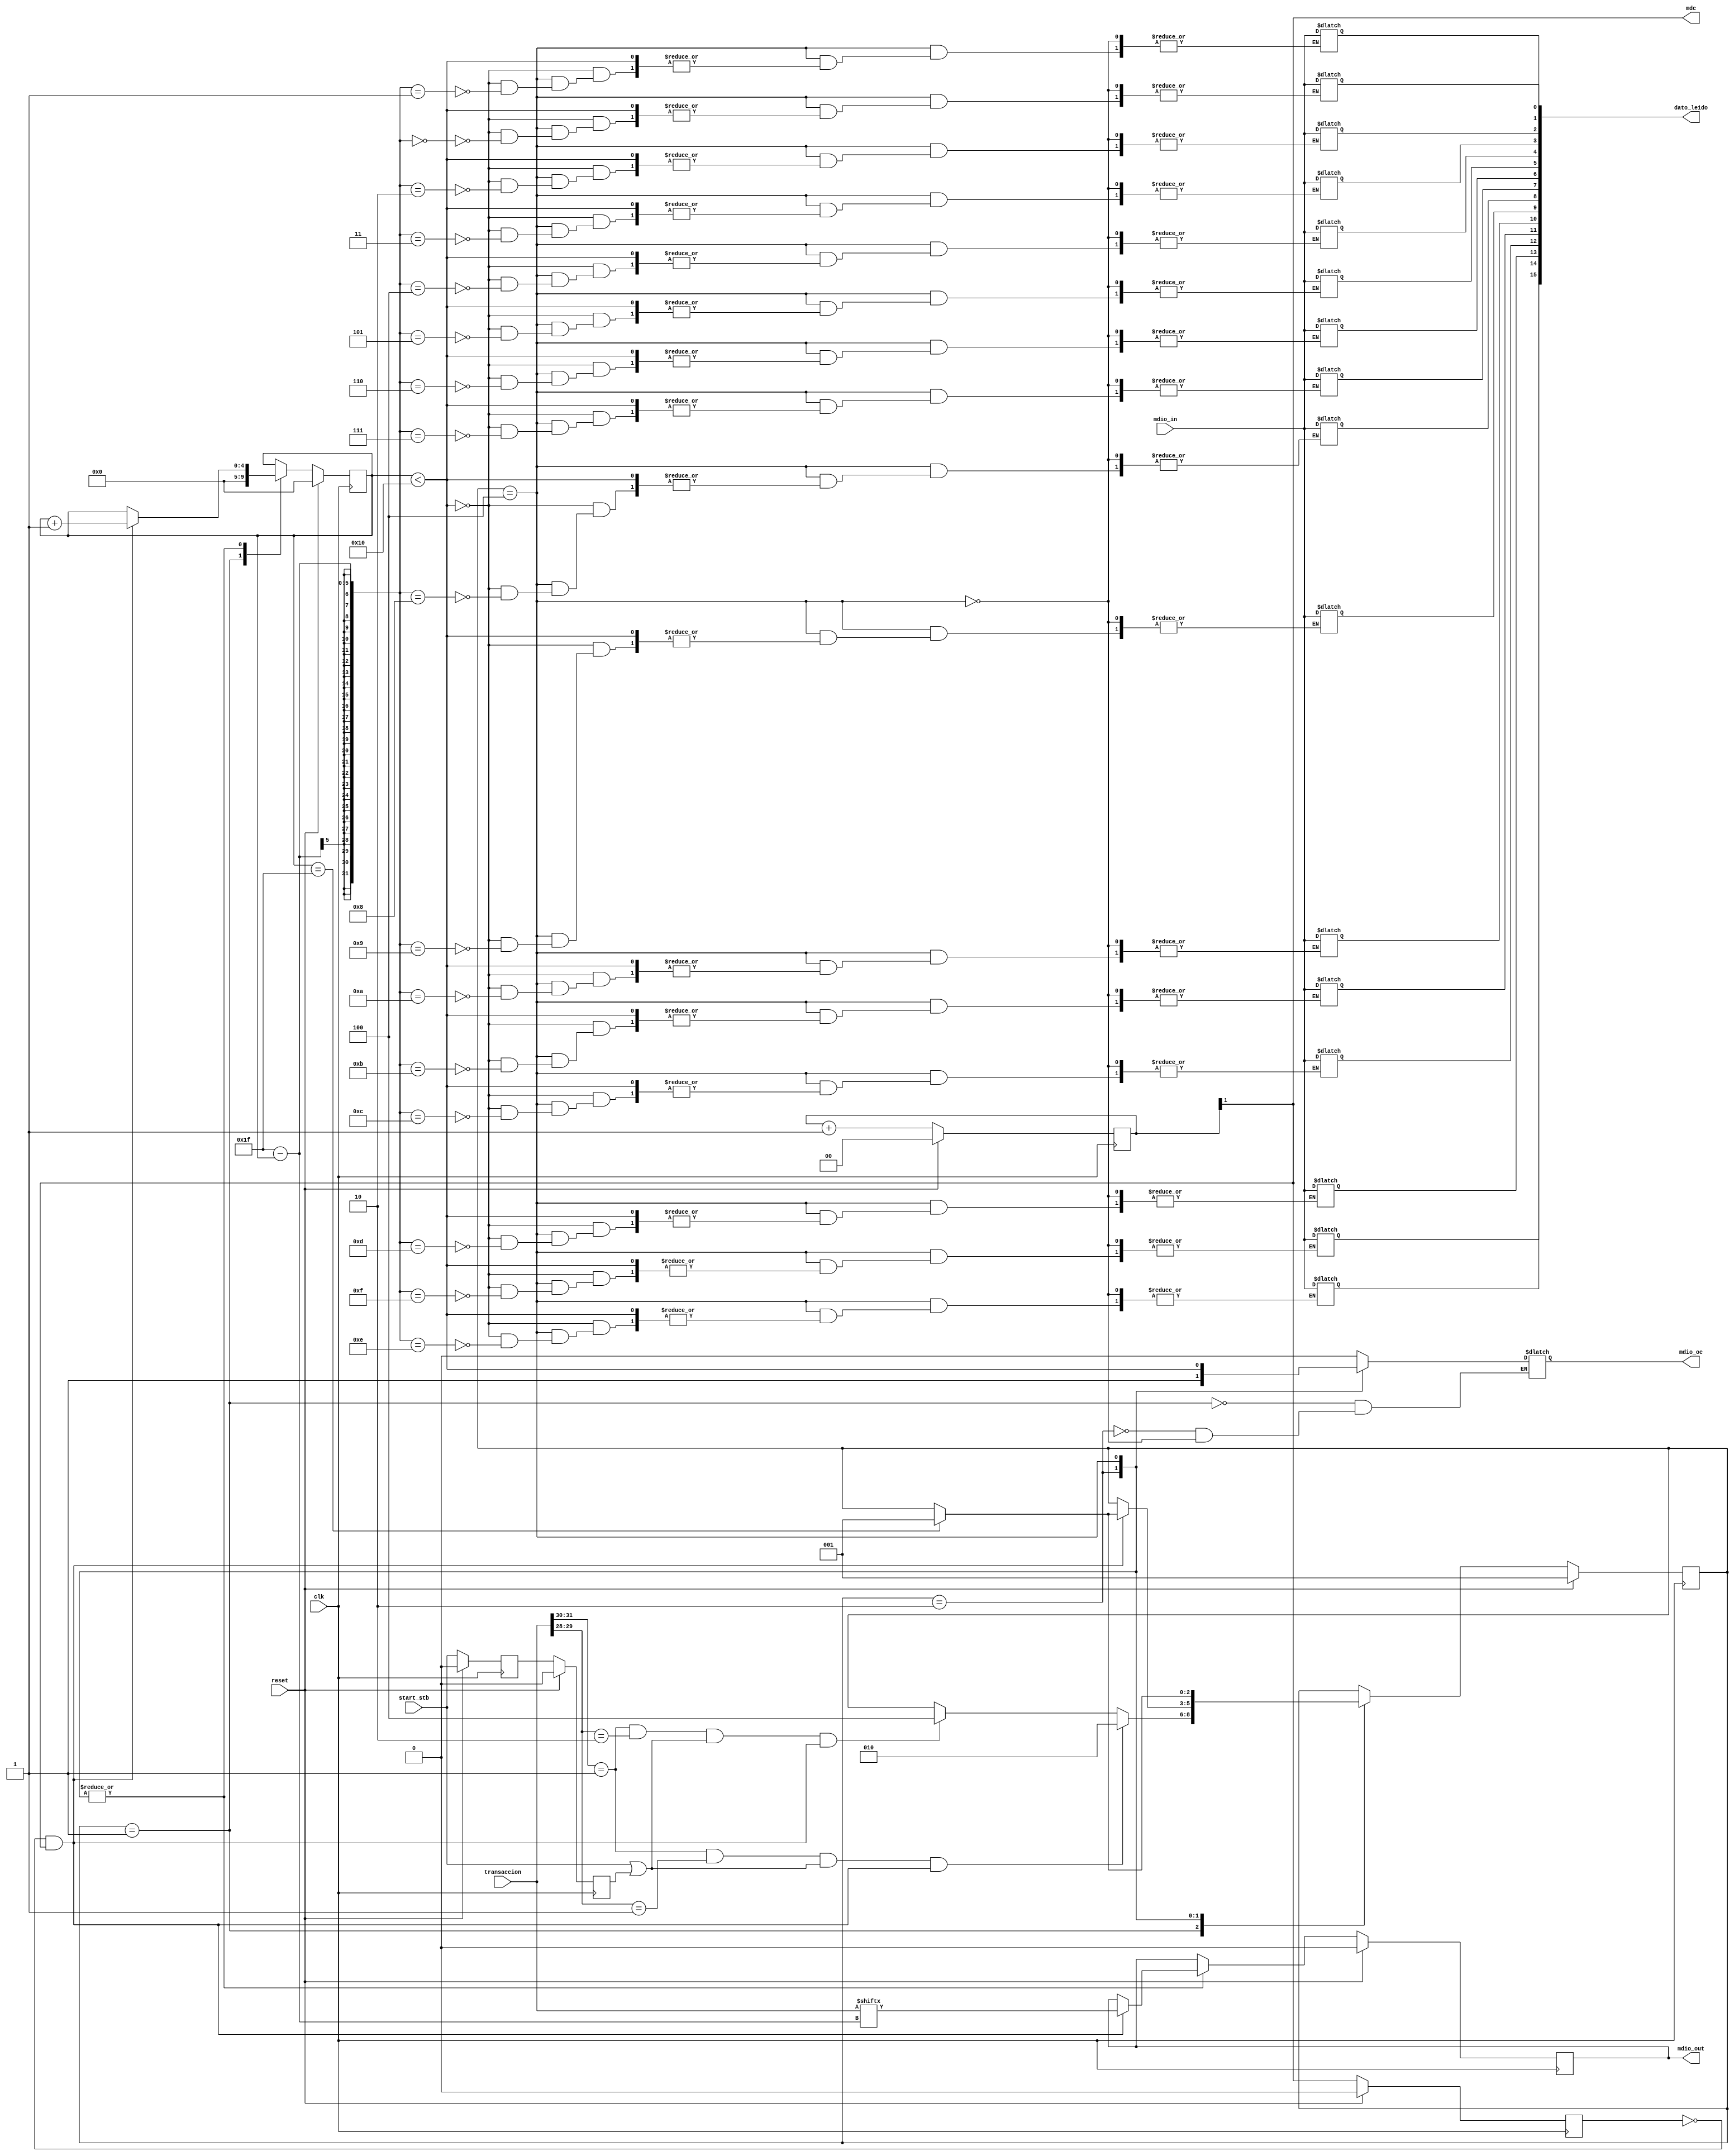
module generador_mdio(
   // Outputs
   mdio_out, mdio_oe, mdc, dato_leido,
   // Inputs
   clk, reset, start_stb, mdio_in, transaccion
   );

  //Entradas y salidas
  input clk,reset,start_stb,mdio_in;
  input [31:0] transaccion;
  output reg mdio_out, mdio_oe;
  output     mdc;
  output reg [15:0] dato_leido;

  localparam INICIO    = 3'b001;
  localparam ESCRITURA = 3'b010;
  localparam LECTURA   = 3'b100;
  localparam DIV_FREQ  = 2;

  //Variables intermedias
  reg [2:0] estado, prox_estado;
  reg [4:0] cuenta_bits, prox_cuenta_bits;
  reg [DIV_FREQ-1:0] div_freq;
  reg start_stb_d, start_stb_reg;
  wire iniciar, escritura, lectura;
  wire posedge_mdc;
  reg mdc_anterior, prox_mdio_out;

  assign iniciar   = (transaccion[31:30] == 2'b01);
  assign escritura = (transaccion[29:28] == 2'b01);
  assign lectura = (transaccion[29:28] == 2'b10);
  //MDC a fraccion del clk
  assign mdc = div_freq[DIV_FREQ-1];
  assign posedge_mdc = !mdc_anterior && mdc;

  //Fip flops
  always @(posedge clk) begin
    if (reset) begin
      estado       <= INICIO;
      cuenta_bits  <= 0;
      div_freq     <= 0;
      mdc_anterior <= 0;
      mdio_out     <= 0;
      start_stb_reg <= 0;
      start_stb_d  <= 0;
    end else begin
      estado        <= prox_estado;
      cuenta_bits   <= prox_cuenta_bits;
      div_freq      <= div_freq+1;
      mdc_anterior  <= mdc;
      mdio_out      <= prox_mdio_out;
      start_stb_reg <= start_stb;
      start_stb_d   <= start_stb_reg;
    end
  end

  //Logica combinacional

/*  always @(posedge mdc) begin
     if (estado == ESCRITURA) prox_cuenta_bits = cuenta_bits+1;
  end */

  always @(*) begin
    prox_estado = estado;
    prox_cuenta_bits = cuenta_bits;
    prox_mdio_out = mdio_out;

    case (estado)
	    INICIO: begin
		    mdio_oe = 1'b0;
		    prox_cuenta_bits = 0;
		    if (iniciar && lectura && (start_stb || start_stb_d) && posedge_mdc)   prox_estado = LECTURA;
		    if (iniciar && escritura && (start_stb || start_stb_d) && posedge_mdc) prox_estado = ESCRITURA;
	    end
	    ESCRITURA: begin
		mdio_oe = 1'b1;
//		prox_mdio_out = transaccion[31-cuenta_bits];
		if (posedge_mdc) begin 
		   prox_cuenta_bits = cuenta_bits+1;
		   prox_mdio_out = transaccion[31-cuenta_bits];
		   if (cuenta_bits == 31) prox_estado = INICIO;
                end

            end
	    LECTURA: begin
		mdio_oe = (cuenta_bits < 16);
                if (posedge_mdc) prox_mdio_out = transaccion[31-cuenta_bits];
                if (!mdio_oe) dato_leido[31-cuenta_bits] = mdio_in;
	        if (posedge_mdc) prox_cuenta_bits = cuenta_bits+1;
		if (cuenta_bits == 31) prox_estado = INICIO;
	    end
            default: begin
	    end
    endcase;
  end
endmodule